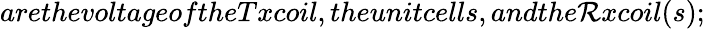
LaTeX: arethevoltageoftheTxcoil,theunitcells,andthe\mathcal{R}xcoil(s);